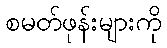
စမတ်ဖုန်းများကို